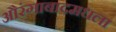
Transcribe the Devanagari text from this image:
औरंगाबादमधला